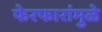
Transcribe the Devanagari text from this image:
फेरफारांमुळे